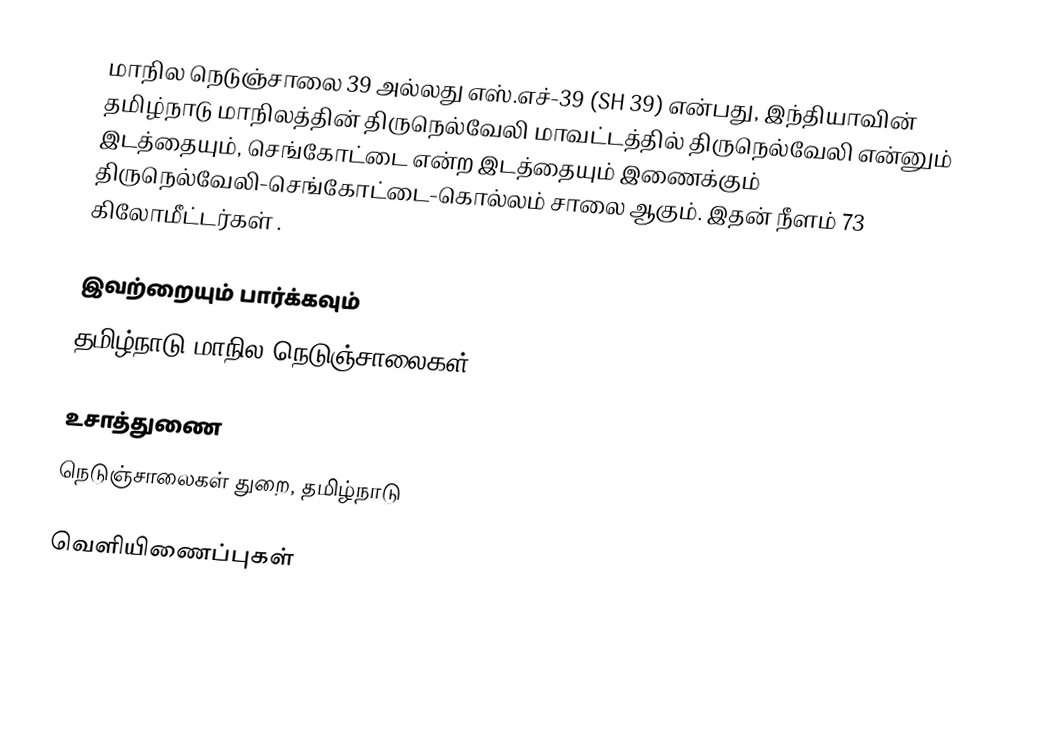
மாநில நெடுஞ்சாலை 39 அல்லது எஸ்.எச்-39 (SH 39) என்பது, இந்தியாவின் தமிழ்நாடு மாநிலத்தின் திருநெல்வேலி மாவட்டத்தில் திருநெல்வேலி என்னும் இடத்தையும், செங்கோட்டை என்ற இடத்தையும் இணைக்கும் திருநெல்வேலி-செங்கோட்டை-கொல்லம் சாலை ஆகும். இதன் நீளம் 73  கிலோமீட்டர்கள் .

இவற்றையும் பார்க்கவும்
 தமிழ்நாடு மாநில நெடுஞ்சாலைகள்

உசாத்துணை
 நெடுஞ்சாலைகள் துறை, தமிழ்நாடு

வெளியிணைப்புகள்